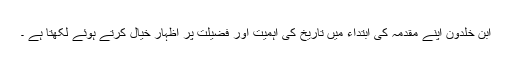
ابن خلدون اپنے مقدمہ کی ابتداء میں تاریخ کی اہمیت اور فضیلت پر اظہار خیال کرتے ہوئے لکھتا ہے ۔